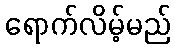
ရောက်လိမ့်မည်